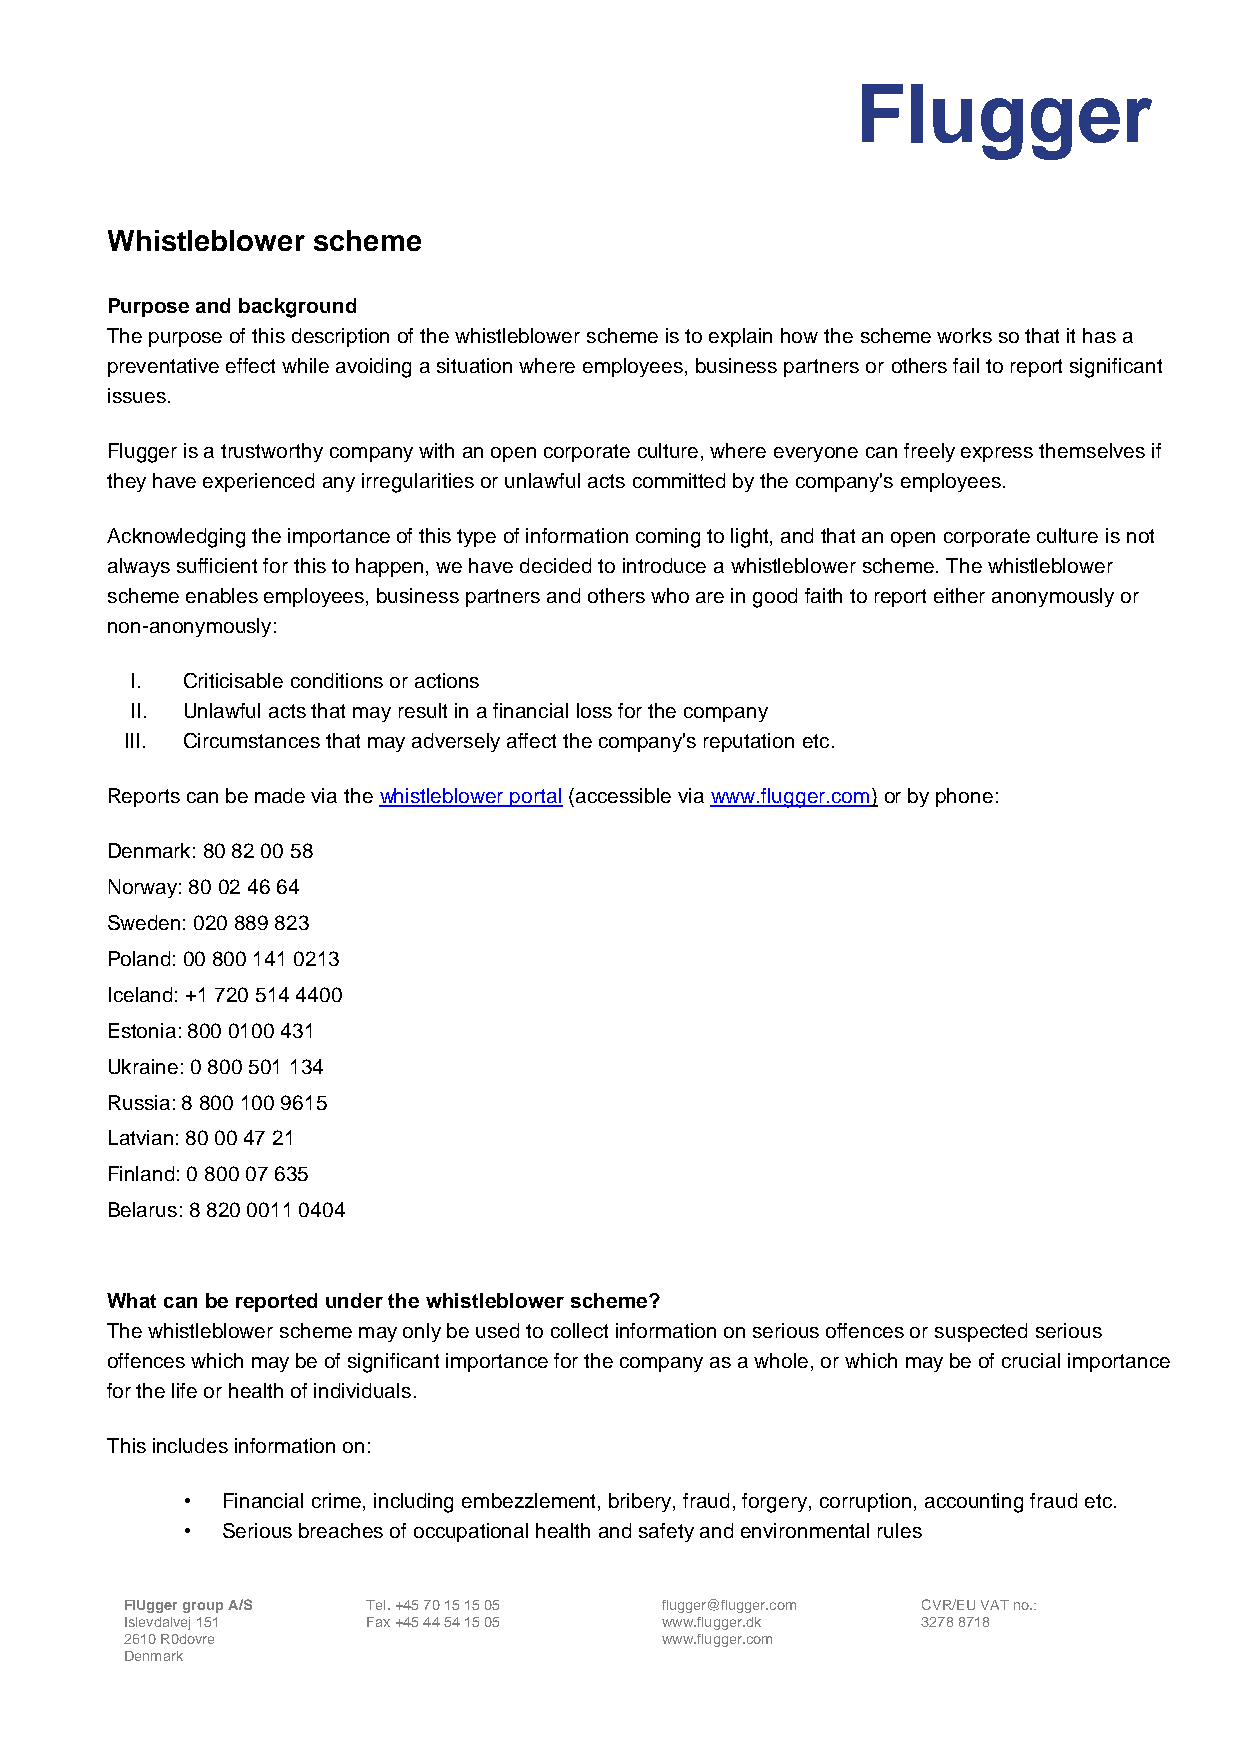
Flugger
 Whistleblower scheme
 Purpose and background
 The purpose of this description of the whistleblower scheme is to explain how the scheme works so that it has a
 preventative effect while avoiding a situation where employees, business partners or others fail to report significant
 issues.
 Flugger is a trustworthy company with an open corporate culture, where everyone can freely express themselves if
 they have experienced any irregularities or unlawful acts committed by the company's employees.
 Acknowledging the importance of this type of information coming to light, and that an open corporate culture is not
 always sufficient for this to happen, we have decided to introduce a whistleblower scheme. The whistleblower
 scheme enables employees, business partners and others who are in good faith to report either anonymously or
 non-anonymously:
 I. Criticisable conditions or actions
 II. Unlawful acts that may result in a financial loss for the company
 III. Circumstances that may adversely affect the company's reputation etc.
 Reports can be made via the whistleblower portal (accessible via www.flugger.com) or by phone:
 Denmark: 80 82 00 58
 Norway: 80 02 46 64
 Sweden: 020 889 823
 Poland: 00 800 141 0213
 Iceland: +1 720 514 4400
 Estonia: 800 0100 431
 Ukraine: 0 800 501 134
 Russia: 8 800 100 9615
 Latvian: 80 00 47 21
 Finland: 0 800 07 635
 Belarus: 8 820 0011 0404
 What can be reported under the whistleblower scheme?
 The whistleblower scheme may only be used to collect information on serious offences or suspected serious
 offences which may be of significant importance for the company as a whole, or which may be of crucial importance
 for the life or health of individuals.
 This includes information on:
 •  Financial crime, including embezzlement, bribery, fraud, forgery, corruption, accounting fraud etc.
 •  Serious breaches of occupational health and safety and environmental rules
 FlUgger group A/S Tel. +45 70 15 15 05 flugger@flugger.com CVR/EU VAT no.:
 Islevdalvej 151 Fax +45 44 54 15 05 www.flugger.dk   3278 8718
 2610 R0dovre                        www.flugger.com
 Denmark